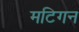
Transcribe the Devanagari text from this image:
मटिगन